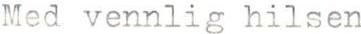
Med vennlig hilsen